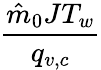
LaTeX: \frac{\hat{m}_{0}JT_{w}}{q_{v,c}}